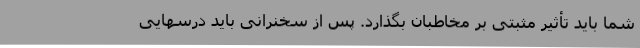
شما باید تأثیر مثبتی بر مخاطبان بگذارد. پس از سخنرانی باید درسهایی